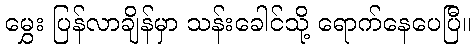
မွှေး ပြန်လာချိန်မှာ သန်းခေါင်သို့ ရောက်နေပေပြီ။